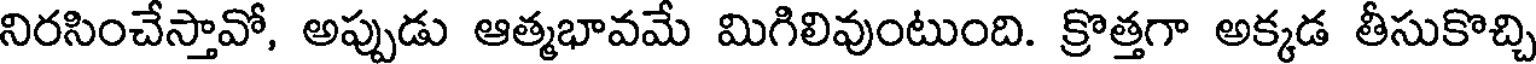
నిరసించేస్తావో, అప్పుడు ఆత్మభావమే మిగిలివుంటుంది. క్రొత్తగా అక్కడ తీసుకొచ్చి